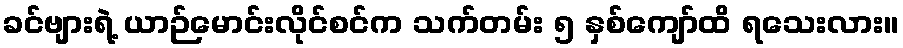
ခင်ဗျားရဲ့ ယာဉ်မောင်းလိုင်စင်က သက်တမ်း ၅ နှစ်ကျော်ထိ ရသေးလား။